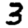
Digit: 3